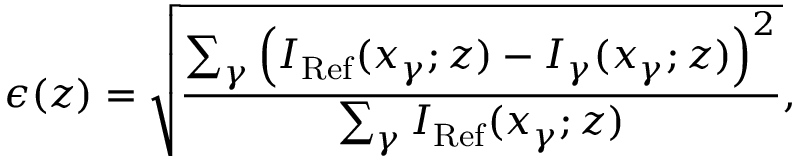
\epsilon ( z ) = \sqrt { \frac { \sum _ { \gamma } \left( I _ { \mathrm { R e f } } ( x _ { \gamma } ; z ) - I _ { \gamma } ( x _ { \gamma } ; z ) \right) ^ { 2 } } { \sum _ { \gamma } I _ { \mathrm { R e f } } ( x _ { \gamma } ; z ) } } ,